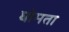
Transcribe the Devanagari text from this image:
घोमता